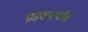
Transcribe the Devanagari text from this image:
प्रश्नकर्त्यास